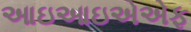
આઇઆઇએએફ